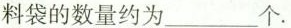
料袋的数量约为_______个。